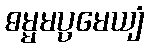
ဓမ္မမပ္ပမေယျံ